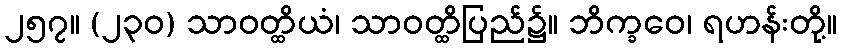
၂၅၇။ (၂၃၀) သာဝတ္ထိယံ၊ သာဝတ္ထိပြည်၌။ ဘိက္ခဝေ၊ ရဟန်းတို့။